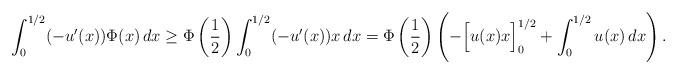
LaTeX: \begin{align*}\int_0^{1/2}(-u'(x))\Phi(x)\,dx\ge \Phi\left(\frac{1}{2}\right)\int_0^{1/2}(-u'(x))x\,dx=\Phi\left(\frac{1}{2}\right)\left(-\Big[u(x)x\Big]_0^{1/2}+\int_0^{1/2}u(x)\,dx\right).\end{align*}